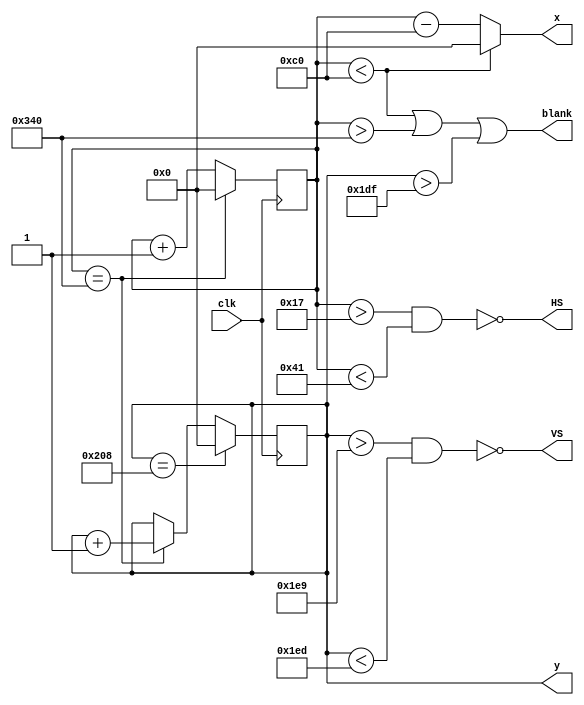
`timescale 1ns / 1ps
//////////////////////////////////////////////////////////////////////////////////
// Company: 
// Engineer: 
// 
// Design Name: 
// Module Name:    vga 
// Project Name: 
// Target Devices: 
// Tool versions: 
// Description: 
//
// Dependencies: 
//
// Revision: 
// Revision 0.01 - File Created
// Additional Comments: 
//
//////////////////////////////////////////////////////////////////////////////////
module vga(
    input clk,
    output [9:0] x,
    output reg [9:0] y,
    output HS,
    output VS,
    output blank
    );
    
    reg [9:0] xc;
    
    // Horizontal 640 + HFP 24 + HS 40 + HBP 128 = 832 pixel ticks
    // Vertical, 480 + VFP 9 lines + VS 3 lines + VBP 28 lines 

    assign blank = ((xc < 192) | (xc > 832) | (y > 479));
    assign HS = ~ ((xc > 23) & (xc < 65));
    assign VS = ~ ((y > 489) & (y < 493));
    assign x = ((xc < 192)?0:(xc - 192));

    always @(posedge clk) begin

        if (xc == 832) begin
             xc <= 0;
             y <= y + 1;
        end
        else begin
            xc <= xc + 1;
        end
        if (y == 520) begin
            y <= 0; 
        end
    end

endmodule